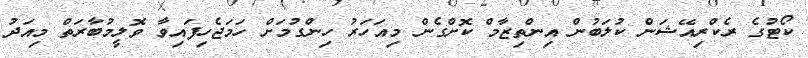
ކޯޓުގެ ރެކްރިއޭޝަން ކުލަބުން އިންތިޒާމް ކޮށްގެން މިއަހަރު ހިންގުމަށް ހަމަޖެހިފައިވާ ވޮލީމުބާރަތް މިއަދު